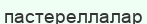
пастереллалар